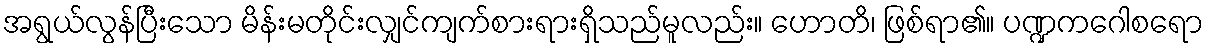
အရွယ်လွန်ပြီးသော မိန်းမတိုင်းလျှင်ကျက်စားရားရှိသည်မူလည်း။ ဟောတိ၊ ဖြစ်ရာ၏။ ပဏ္ဍကဂေါစရော